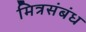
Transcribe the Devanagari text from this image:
मित्रसंबंध